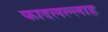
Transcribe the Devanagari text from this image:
फादलल्लाह